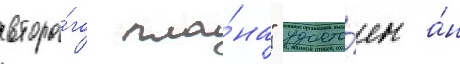
второ́го пла́на" удосто́ен а́н